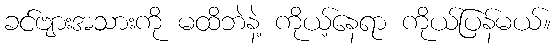
ခင်ဗျားအသားကို မထိဘဲနဲ့ ကိုယ့်နေရာ ကိုယ်ပြန်မယ်။